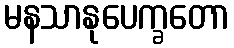
မနသာနုပေက္ခတော